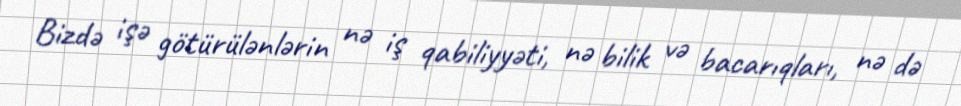
Bizdə işə götürülənlərin nə iş qabiliyyəti, nə bilik və bacarıqları, nə də